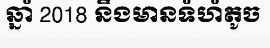
ឆ្នាំ 2018 នឹងមានទំហំតូច